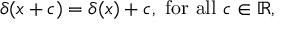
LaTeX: \delta ( x + c ) = \delta ( x ) + c , { \mathrm { ~ f o r ~ a l l ~ } } c \in \mathbb { R } ,